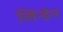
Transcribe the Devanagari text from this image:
लिन्डेन